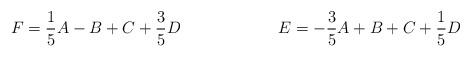
LaTeX: \begin{align*}F= \frac{1}{5}A -B + C +\frac{3}{5} D \qquad \qquad \qquad E= -\frac{3}{5}A + B + C +\frac{1}{5} D\end{align*}